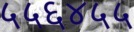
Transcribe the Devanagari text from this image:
५५६४५५